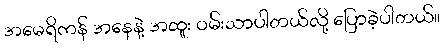
အမေရိကန် အနေနဲ့ အထူး ဝမ်းသာပါတယ်လို့ ပြောခဲ့ပါတယ်။